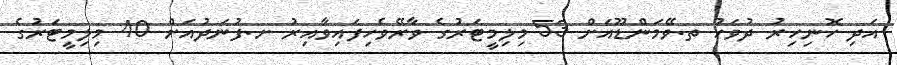
އަދި ހޮނިހިރު ދުވަހު ތ.ވޭމަންޑޫއަށް 53 މިލިމީޓަރުގެ ވާރޭވެހިފައިވާއިރު ށ.ފުނަދުއަށް 40 މިލިމީޓަރުގެ